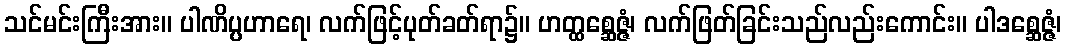
သင်မင်းကြီးအား။ ပါဏိပ္ပဟာရေ၊ လက်ဖြင့်ပုတ်ခတ်ရာ၌။ ဟတ္ထစ္ဆေဇ္ဇံ၊ လက်ဖြတ်ခြင်းသည်လည်းကောင်း။ ပါဒစ္ဆေဇ္ဇံ၊